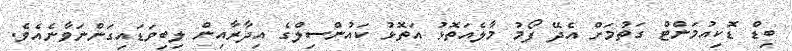
ބިޑް ޑޮކިއުމަންޓް ގަތުމަށް އެދޭ ފޯމު މާލެއަތޮޅު އަތޮޅު ކައުންސިލްގެ އިދާރާއިން ލިބިވަޑައިގަންނަވާނެއެވެ.